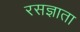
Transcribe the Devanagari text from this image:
रसज्ञाता